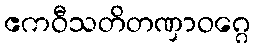
ဧကဝီသတိတဏှာဝဂ္ဂေ